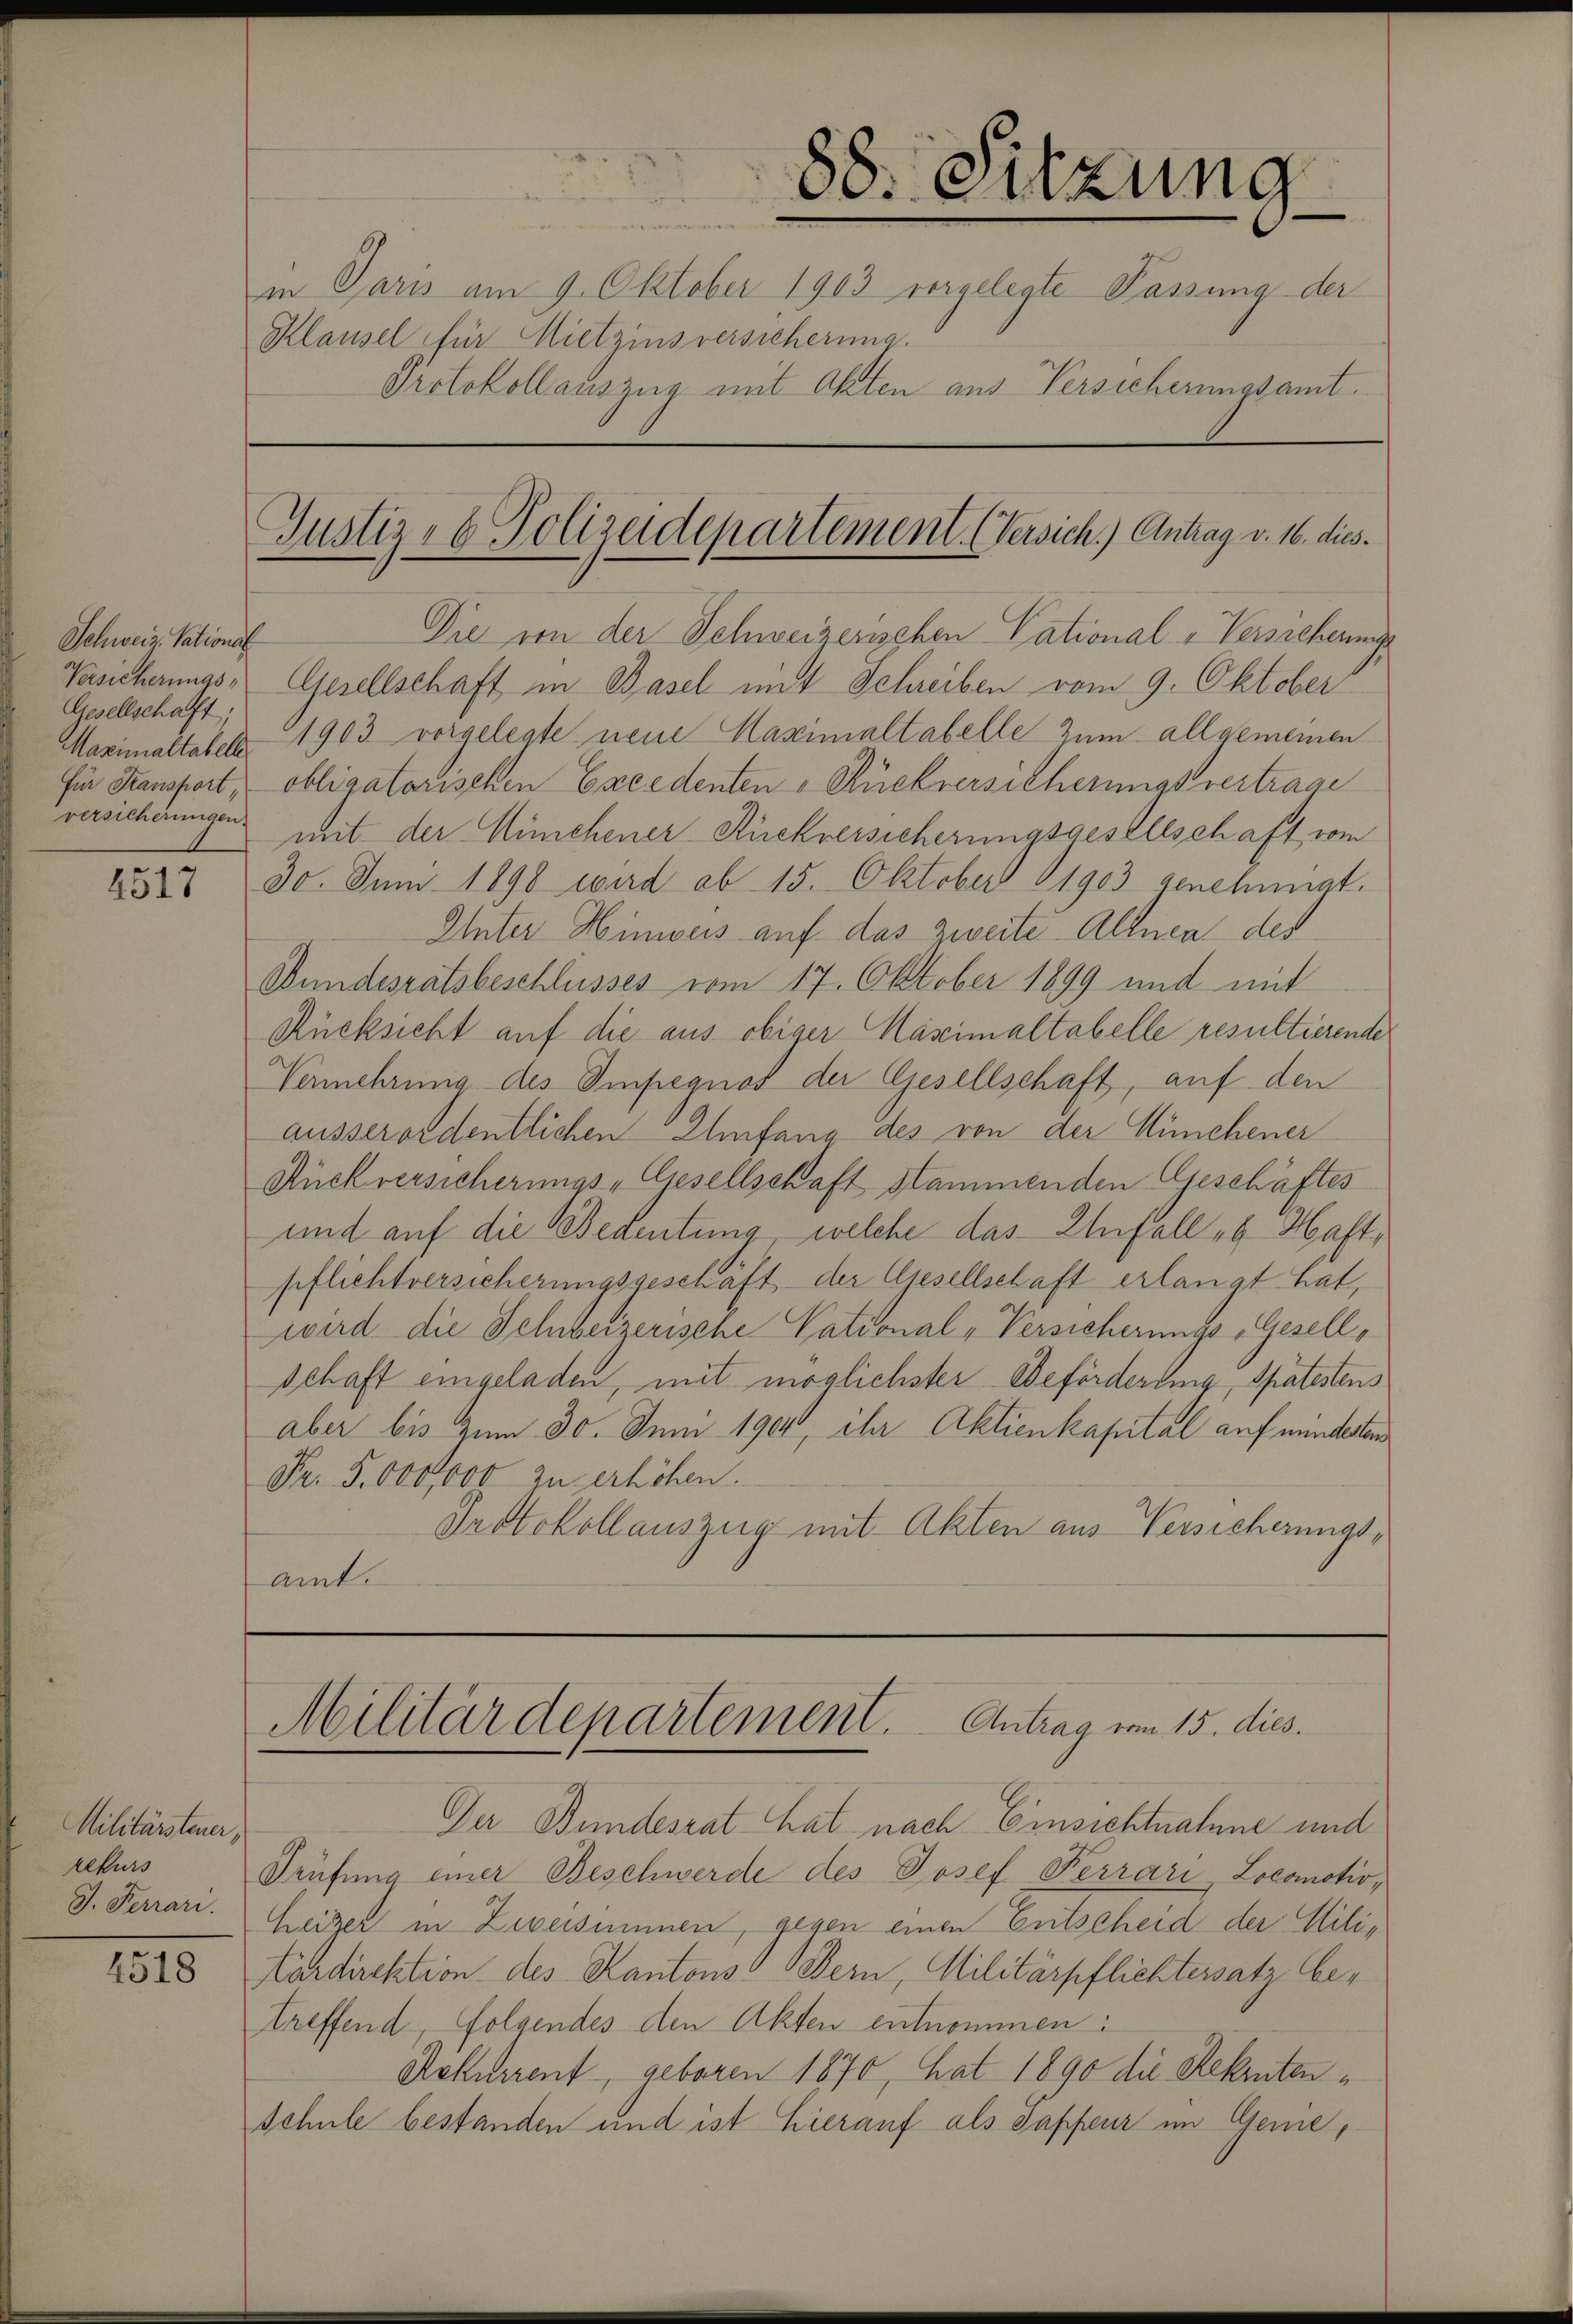
Schweiz. Pational
Versicherungs-
Gesellschaft
Für Transport,
versicherungen.

2517

Militärsteuer,
rekurs
J. Ferrari

4518

88. Sitzung
in Paris am 9. Oktober 1903 vorgelegte Passung der
Klausel für Mietzins versicherung.
Protokollauszug mit Akten aus Versicherungsamt-
Justiz- & Polizeidepartement. (Versich.) Antrag v. 16. dies

Die von der Schweizerischen Cational-Versicherung

Gesellschaft in Basel mit Schreiben vom 9. Oktober
Maximaltabels 1903 vorgelegte neue Massimaltabelle zum allgemeinen
obligatorischen Excedenten Rückversicherungsvertrage
mit der Münchener Rückversicherungsgesellschaft vom
30. Juni 1898 wird ab 15. Oktober 1903 genehmigt.
Unter Hinweis auf das zweite Altnen des
Bundesratsbeschlusses vom 17. Oktober 1899 und mit
Rücksicht auf die aus obiger Kasimaltabelle resultierende
Vermehrung des Impegnot der Gesellschaft, auf den
ausserordentlichen Umfang des von der Münchener
Rückversicherungs-Gesellschaft stammenden Geschäftes
und auf die Bedeutung, welche das Unfall es Hast,
pflichtversicherungsgeschäft der Gesellschaft erlangt hat,
wird die Sehbeizerische Vational-Versicherungs-Gesell¬
Schaft eingeladen, mit möglichster Beförderung, spätestens
aber bis zum 30. Juni 1904, ihr Aktienkapital auf minderten
Fr. 5. 000,000 zu erhöhen.
Protokollauszug mit Akten aus Versicherungsamt.

Militärdepartement. Antrag vom 15. dies.

Der Bundesrat hat nach Einsichtnahme und
Prüfung einer Beschwerde des Josef Ferrari Locamcho¬
Heizer in Zweisimmen, gegen einen Entscheid der Mili¬
Kardirektion des Kantons Bern, Militärpflichtersatz betreffend, folgendes den Akten entnommen:
Aekurrent geboren 1870, hat 1890 die Rekruten¬
Schule bestanden und ist hierauf als Sappeur im Geme